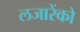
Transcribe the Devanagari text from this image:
लजारेंको